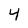
Character: 4